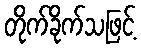
တိုက်ခိုက်သဖြင့်